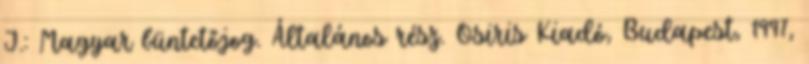
J.: Magyar büntetőjog. Általános rész. Osiris Kiadó, Budapest, 1997,